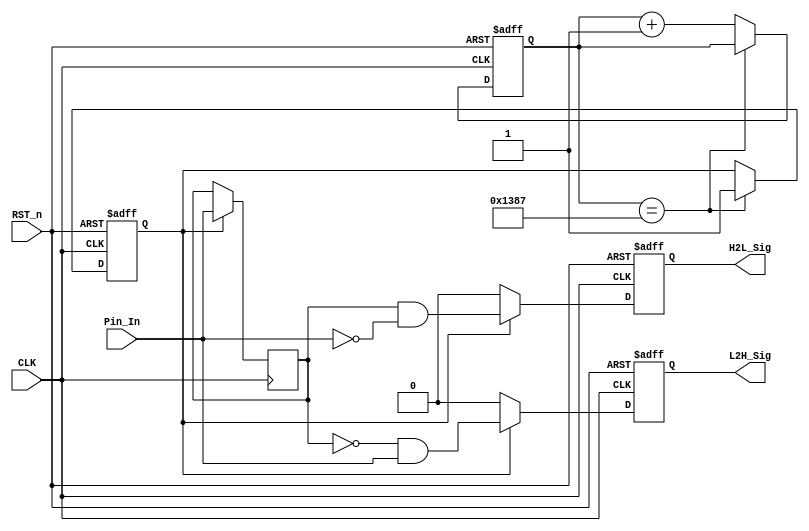
`timescale 1ns / 1ps
//////////////////////////////////////////////////////////////////////////////////
// Company: 
// Engineer: 
// 
// Design Name: 
// Module Name:    detect_module_2 
// Project Name: 
// Target Devices: 
// Tool versions: 
// Description: 
//
// Dependencies: 
//
// Revision: 
// Revision 0.01 - File Created
// Additional Comments: 
//
//////////////////////////////////////////////////////////////////////////////////
module detect_module_2(
    CLK, RST_n, Pin_In, H2L_Sig, L2H_Sig
    );
    
    input CLK;
    input RST_n;
    input Pin_In;
    output reg H2L_Sig;
    output reg L2H_Sig;
    
    parameter T100US = 13'd4_999;
    
    reg [12:0] counter;
    reg isEn;
    
    //100us 
    always @(posedge CLK or negedge RST_n) begin
        if (!RST_n) begin
            counter <= 13'd0;
            isEn <= 1'b0;
        end
        else if (counter == T100US) begin
            isEn <= 1'b1;
        end
        else begin
            counter <= counter + 1'b1;
        end
    end
    
    //
    reg Pin_In_delay;
    
    always @(posedge CLK) begin
        if (isEn) begin
            Pin_In_delay <= Pin_In;
        end
    end
    
    always @(posedge CLK or negedge RST_n) begin
        if (!RST_n) begin
            H2L_Sig <= 1'b0;
            L2H_Sig <= 1'b0;
        end
        else if (isEn) begin
            H2L_Sig <= ((Pin_In_delay == 1'b1) && (Pin_In == 1'b0));
            L2H_Sig <= ((Pin_In_delay == 1'b0) && (Pin_In == 1'b1));
        end
        else begin
            H2L_Sig <= 1'b0;
            L2H_Sig <= 1'b0;
        end
    end

endmodule